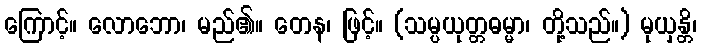
ကြောင့်။ လောဘော၊ မည်၏။ တေန၊ ဖြင့်။ (သမ္ပယုတ္တဓမ္မာ၊ တို့သည်။) မုယှန္တိ၊